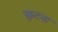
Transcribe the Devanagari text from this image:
छुटना